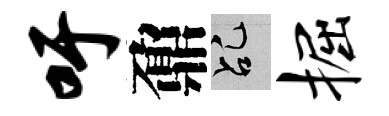
吁鼐乩掘